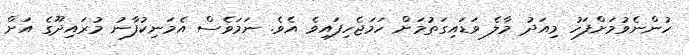
ހުންނެވުމަށްފަހު މިއަދު މާލެ ވަޑައިގަތުމަށް ހަމަޖެހިފައިވެ އެވެ. ނަމަވެސް އެމަނިކުފާނު މުރައިދޫގެ އަށް